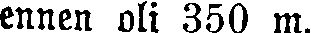
ennen oli 350 m.